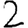
Digit: 2